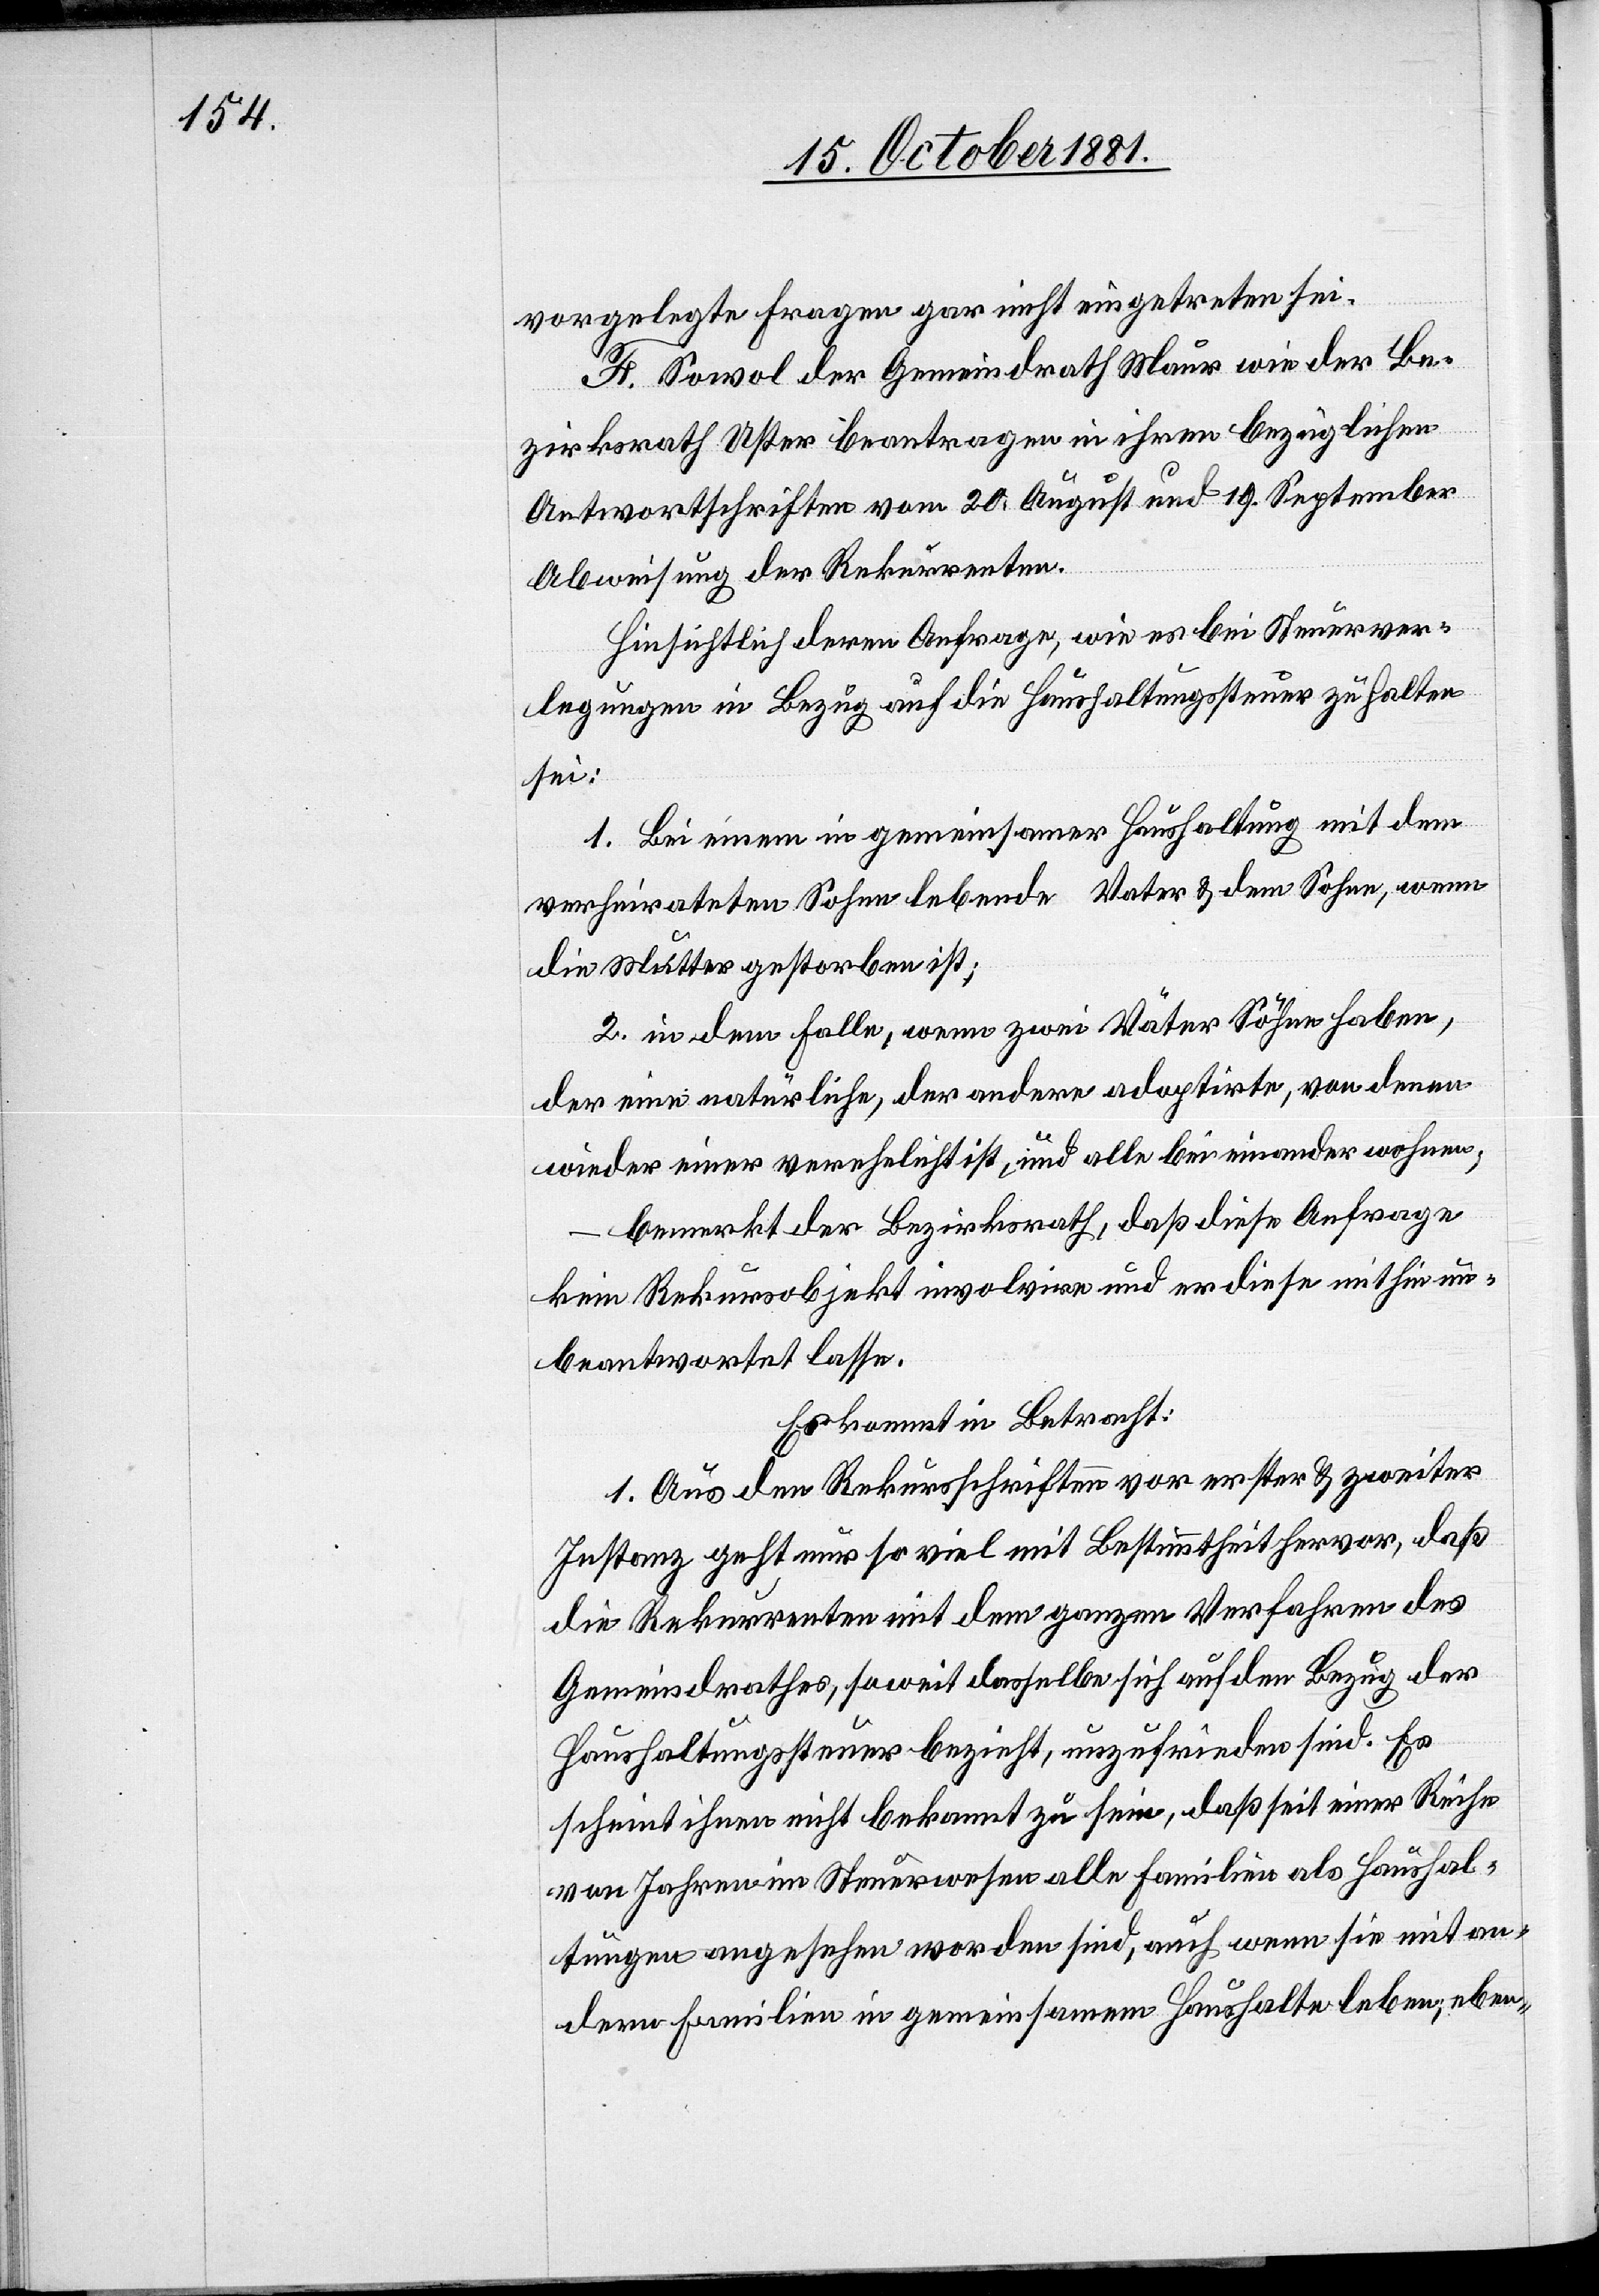
vorgelegte Fragen gar nicht eingetreten sei.
F. Sowol der Gemeindrath Maur wie der Be¬
zirksrath Uster beantragen in ihren bezüglichen
Antwortschriften vom 20. August und 19. September
Abweisung der Rekurrenten.
Hinsichtlich deren Anfrage, wie es bei Steuerver¬
legungen in Bezug auf die Haushaltungssteuer zu halten
sei:
1. Bei einem in gemeinsamer Haushaltung mit dem
verheirateten Sohne lebende Vater & dem Sohn, wenn
die Mutter gestorben ist;
2. in dem Falle, wenn zwei Väter Söhne haben,
der eine natürliche, der andere adoptirte, von denen
wieder einer verehelicht ist, und alle bei einander wohnen;
bemerkt der Bezirksrath, daß diese Anfrage
kein Rekursobjekt involvire und er diese mithin un¬
beantwortet lasse.
Es kommt in Betracht:
1. Aus den Rekursschriften vor erster & zweiter
Instanz geht nur so viel mit Bestimmtheit hervor, daß
die Rekurrenten mit dem ganzen Verfahren des
Gemeindrathes, soweit dasselbe sich auf den Bezug der
Haushaltungssteuer bezieht, unzufrieden sind. Es
scheint ihnen nicht bekannt zu sein, daß seit einer Reihe
von Jahren im Steuerwesen alle Familien als Haushal¬
tungen angesehen worden sind, auch wenn sie mit an¬
dern Familien in gemeinsamem Haushalte leben; eben-